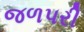
જળપરી